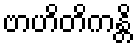
ဗာဟိတိကန္တိ